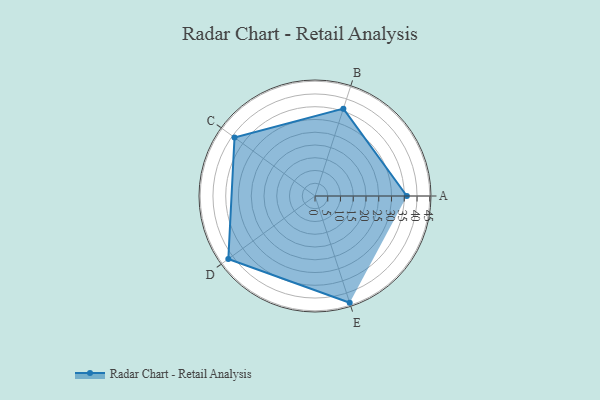
{"axis": {"x": "Skill", "y": "Score"}, "legend": ["Profile"], "data": [{"x": "A", "y": 36.0, "type": "Profile"}, {"x": "B", "y": 36.0, "type": "Profile"}, {"x": "C", "y": 39.0, "type": "Profile"}, {"x": "D", "y": 42.0, "type": "Profile"}, {"x": "E", "y": 44.0, "type": "Profile"}]}